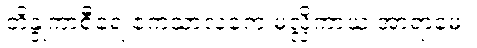
တိန္ဒုကာစီရေ ဧကသာလကေ မလ္လိကာယ အာရာမေ။